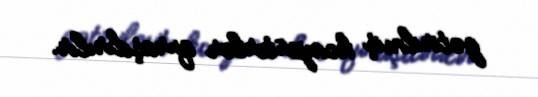
gətirilmiş kompüterlər quraşdırılır.